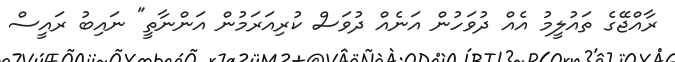
ރާއްޖޭގެ ތައުލީމު އެއް ދުވަހުން އަނެއް ދުވަސް ކުރިއަރަމުން އަންނާތީ" ނައިބު ރައީސް